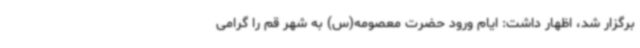
برگزار شد، اظهار داشت: ایام ورود حضرت معصومه(س) به شهر قم را گرامی